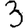
Digit: 3